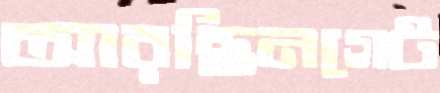
আরছিনগেট